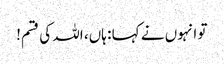
تو انہوں نے کہا : ہاں، اللہ کی قسم!